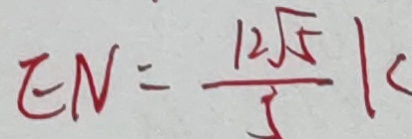
E N = \frac { 1 2 \sqrt { 5 } } { 5 } K